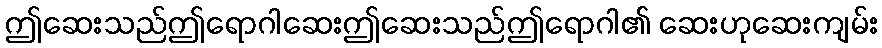
ဤဆေးသည်ဤရောဂါဆေးဤဆေးသည်ဤရောဂါ၏ ဆေးဟုဆေးကျမ်း